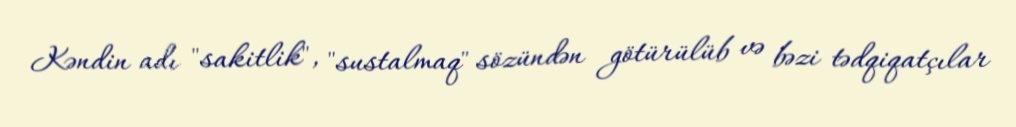
Kəndin adı "sakitlik", "sustalmaq" sözündən götürülüb və bəzi tədqiqatçılar